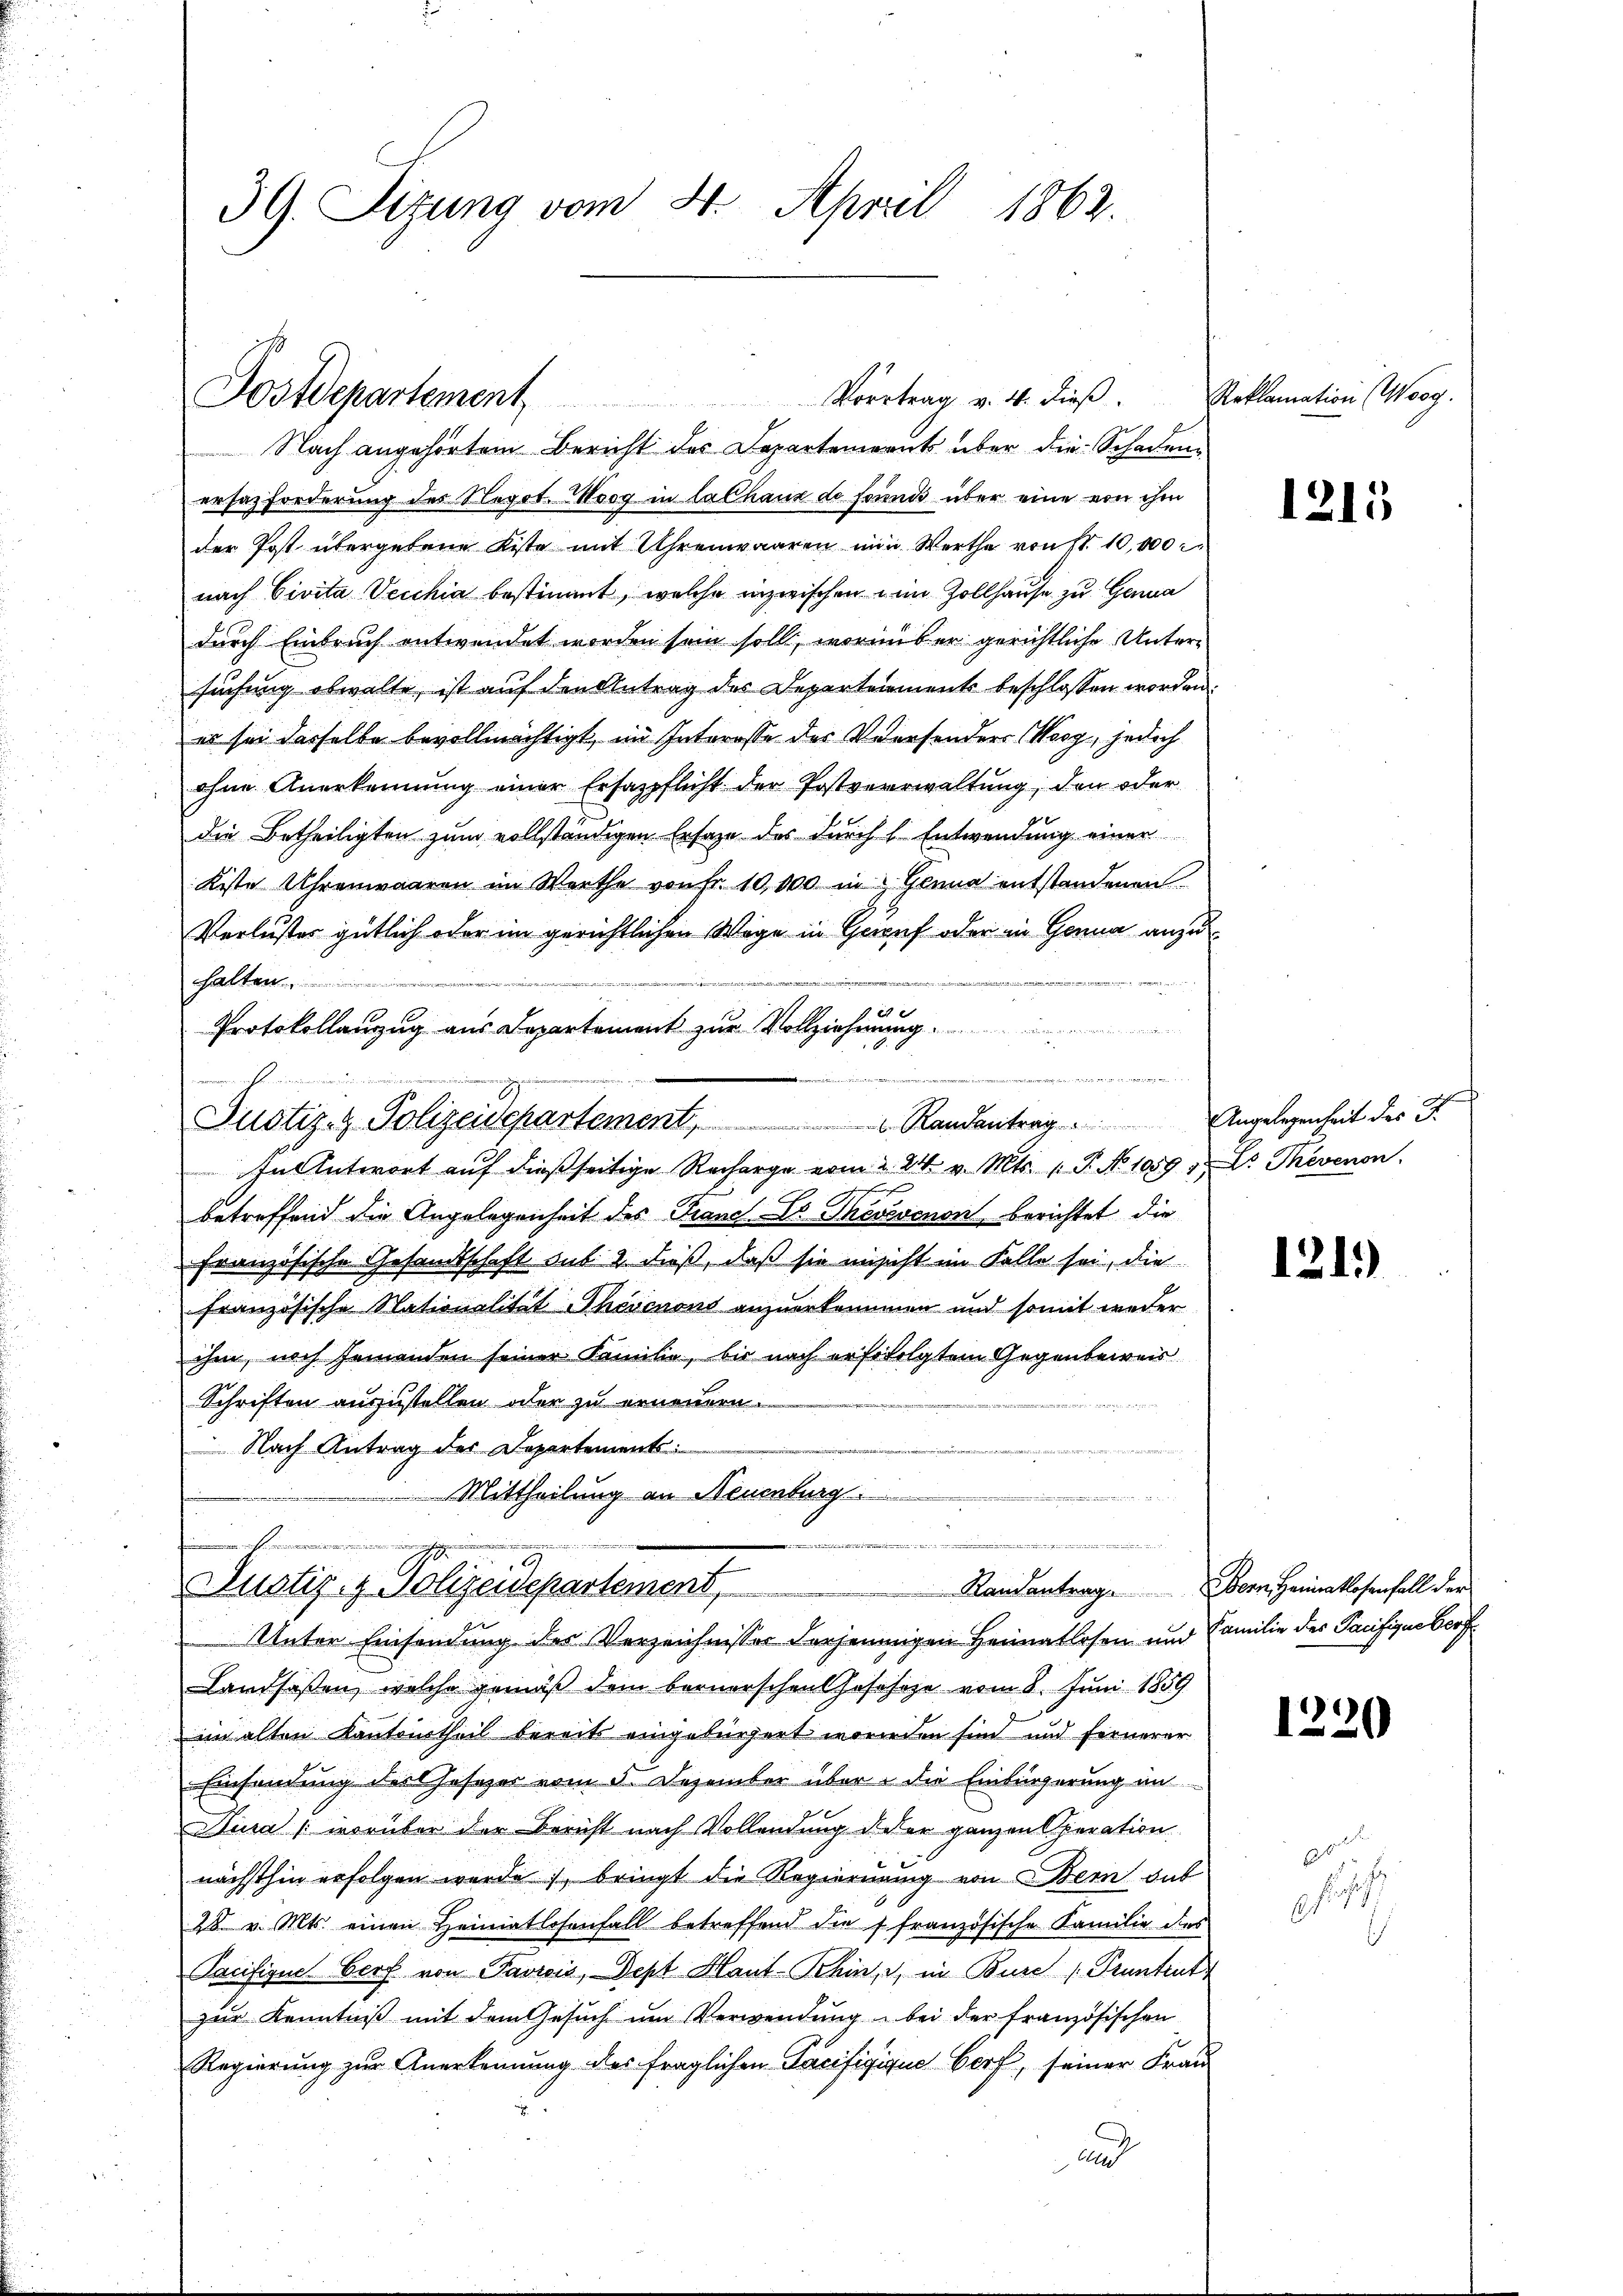
39. Sitzung vom 4. April 1862.

Nach angehörtem Bericht des Departements über die Schaden-
ersatzforderung des Negot. Woog in lalhaus de fornis über eine von ihm
der Post übergebene Kiste mit Uhrenwaaren ein Werthe von S. 10,000 r.
nach Civita Vecchia bestimmt, welche inzwischen im Zollhause zu Gema
durch Einbruch entwendet worden sein soll, worüber gerichtliche Untersuchung obwalte, ist auf den Antrag des Departements beschlossen worden.
es sei dasselbe bevollmächtigt, im Interesse des Versonders (Wesg, jedoch
ohne Anerkennung einer Ersazpflicht der Postverwaltung, den oder
die Betheiligten zum vollständigen Ersatze des durch l. Entwendung einer
Kiste Uhrenwaaren im Werthe von Fr. 10,000 in Genua entstandenen
Verlustes gütlich oder im gerichtlichen Wege in Geruf oder in Genua anzue
halten
Protokollanzug aus Departement zur Vollziehung.
hus der die er in den der
f
Justiz- & Polizeidepartement                                           Randantrag. Angelegenheit des I.
In Antwort auf dießseitige Recharge vom 2. 24. v. Mts. 1. P. No 1059 " Dr. Thevenon
betreffend die Angelegenheit des Trane ds Theossenen berichtet, die
Französische Gesandtschaft aus 2 dieß, daß sie unsicht im Falle sei, die
französische Nationalität Therenons anzuerkommen und somit weder
ihm, noch seinenden seiner Familie, bis nach er sofolgtem Gegenbeweis
Schriften auszustellen oder zu ernennen.

 Nach Antrag des Departement:
 Mittheilung an Neuenburg

Postdepartement Vortrag v. 4. dieβ. Reklamation (Wogg.

.

Zustiz- & Polizeidepartement                      Randantrage der Heimatlosenfall der
Unter Einsendung des Verzeichnisser derjeninigen Heimatlosen und Familie des Pacifigueberf

Landsaßen, welche gemäß dem Bernerscheulhofe sehe vom 8. Juni 1859
im alten Kantonstheil bereits eingebürgert worden sind und fernerer
Einsendung der Gesezer vom 5. Dezember über die Einbürgerung an
Dura (worüber der Bericht nach Vollendung d. der ganzen Operation
nächsthin erfolgen werde, bringt die Regierung von Bern sub
28 v. Mts. einen Heimatlosenfall betreffend die s französische Familie des
Pacifigue Dorf von Paviis, Sept Haut-Schinz, in Burch Pruntrut
zur Kenntniß mit dem Gesuch um Verwendung bei der französischen
Regierung zur Anerkennung des fraglichen Tacifizique Dorf, seiner Frau
n

1215

121.)

1220

66
chs